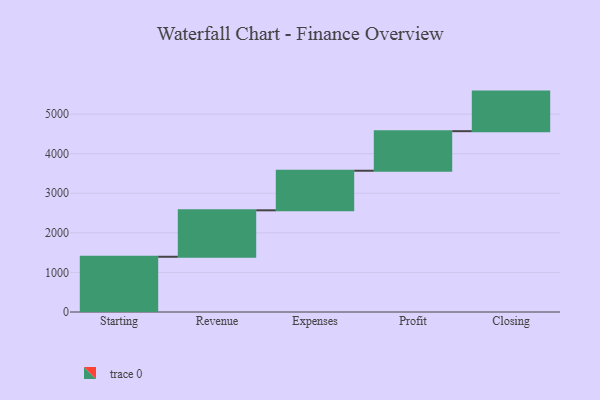
{"axis": {"x": "Step", "y": "Value"}, "legend": [""], "data": [{"x": "Starting", "y": 1396.0, "type": ""}, {"x": "Revenue", "y": 1174.0, "type": ""}, {"x": "Expenses", "y": 1000, "type": ""}, {"x": "Profit", "y": 1000, "type": ""}, {"x": "Closing", "y": 1000, "type": ""}]}